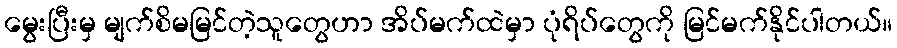
မွေးပြီးမှ မျက်စိမမြင်တဲ့သူတွေဟာ အိပ်မက်ထဲမှာ ပုံရိပ်တွေကို မြင်မက်နိုင်ပါတယ်။